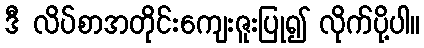
ဒီ လိပ်စာအတိုင်းကျေးဇူးပြု၍ လိုက်ပို့ပါ။